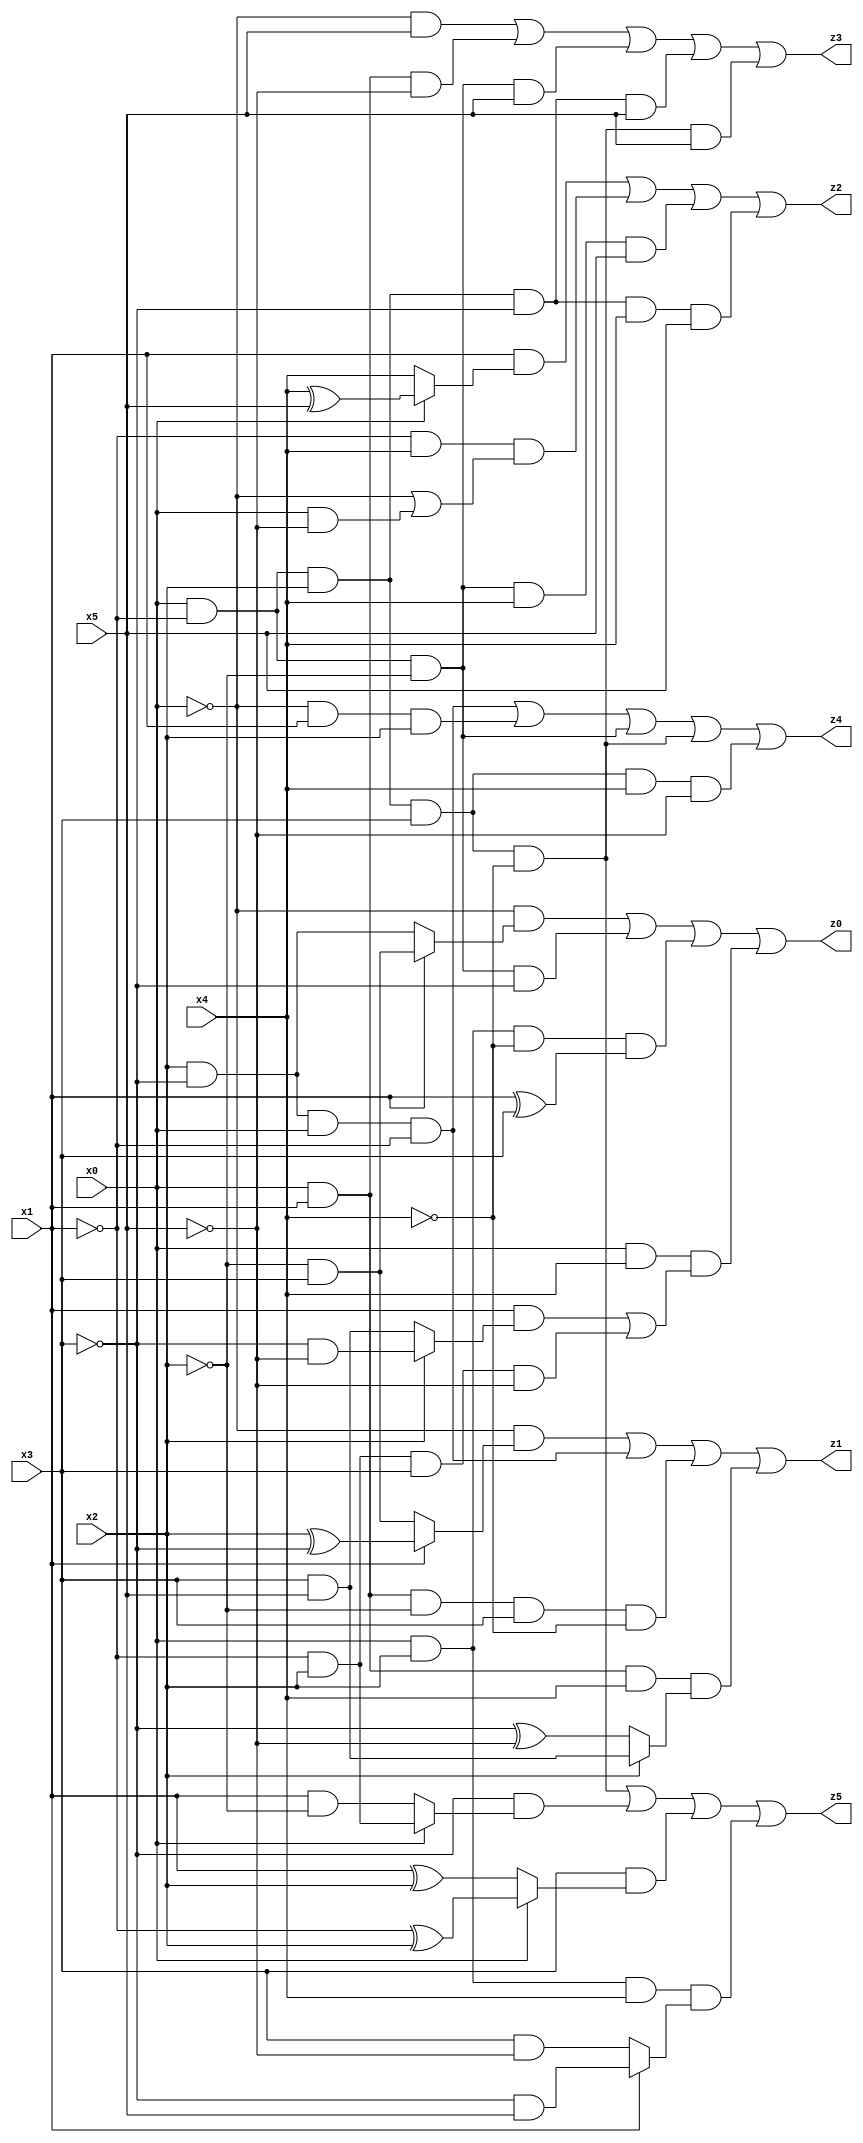
// Benchmark "X_55" written by ABC on Thu Jun 29 03:20:32 2023

module X_55 ( 
    x0, x1, x2, x3, x4, x5,
    z0, z1, z2, z3, z4, z5  );
  input  x0, x1, x2, x3, x4, x5;
  output z0, z1, z2, z3, z4, z5;
  assign z0 = (~x0 & (x1 ? (~x2 & x3) : (x2 & ~x3))) | (x0 & ~x1 & ~x2 & ~x3) | (x0 & x2 & ~x4 & (x1 ^ x3)) | (x0 & x4 & ((x1 & (x2 ? (~x3 & ~x5) : (x3 & x5))) | (~x1 & x2 & x3 & ~x5)));
  assign z1 = (~x0 & (x1 ? (x2 ^ ~x3) : (~x2 & x3))) | (x2 & ~x3 & x0 & ~x1) | (x0 & x1 & ~x2 & x3 & ~x4) | (x0 & x1 & x4 & (x2 ? (x3 & x5) : (~x3 ^ ~x5)));
  assign z2 = (x1 & (x0 ? (x4 ^ x5) : x4)) | (~x1 & x4 & (~x0 | (x0 & ~x5))) | (x0 & ~x1 & ~x2 & x4 & x5) | (x0 & ~x1 & x2 & ~x3 & x4 & x5);
  assign z3 = (~x0 & x5) | (x0 & x1 & ~x5) | (x0 & ~x1 & ~x2 & x5) | (x0 & ~x1 & x2 & ~x3 & x5) | (x0 & ~x1 & x2 & x3 & ~x4 & x5);
  assign z4 = (x2 & ~x3 & x0 & ~x1) | (~x0 & x1 & x2) | (x0 & ~x1 & ~x2) | (x0 & ~x1 & x2 & x3 & ~x4) | (x0 & ~x1 & x2 & x3 & x4 & ~x5);
  assign z5 = (x0 & ~x1 & x2 & x3 & ~x4) | (~x3 & (x0 ? (~x1 & x2) : (x1 & ~x2))) | (x3 & (x0 ? (~x1 ^ x2) : (x1 ^ x2))) | (x0 & x2 & x4 & (x1 ? (~x3 & x5) : (x3 & ~x5)));
endmodule